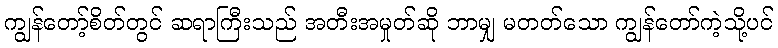
ကျွန်တော့်စိတ်တွင် ဆရာကြီးသည် အတီးအမှုတ်ဆို ဘာမျှ မတတ်သော ကျွန်တော်ကဲ့သို့ပင်